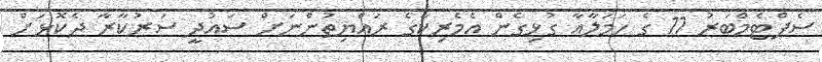
ސެޕްޓެމްބަރު 11 ގެ ހަމަލާއާ ގުޅިގެން އެމެރިކާގެ ރައްޔިތުންނަށް ސައުދީ ސަރުކާރާ ދެކޮޅަށް